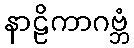
နာဠိကာဂဗ္ဘံ